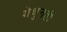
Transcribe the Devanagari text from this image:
येथुनही